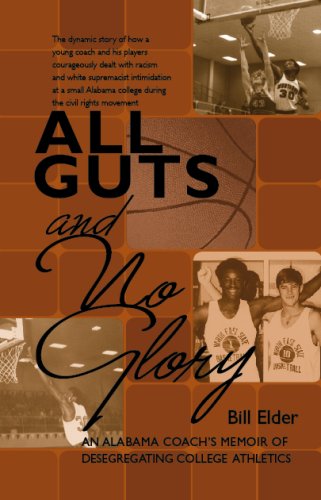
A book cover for All Guts and No Glory; Bill Elder; Sports & Outdoors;